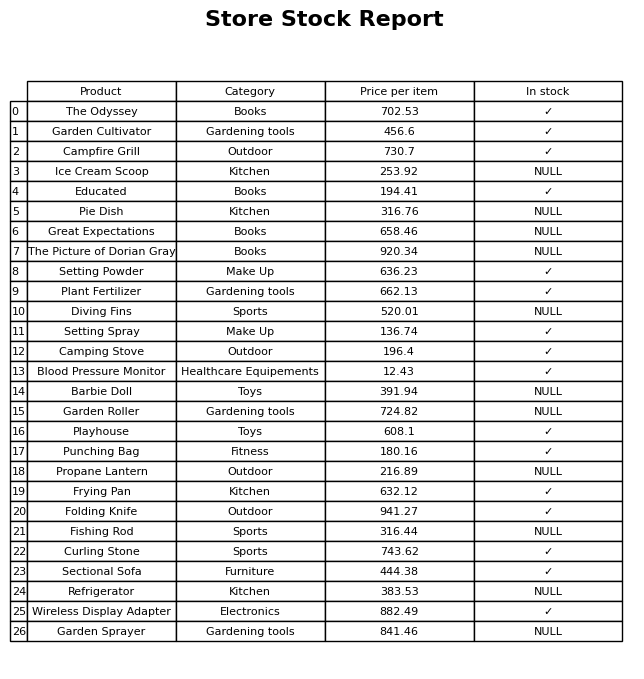
question: What is the price of the Campfire Grill?
answer: The price of Campfire Grill is 730.7.